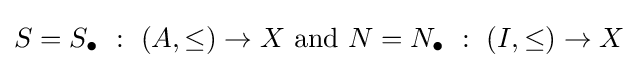
S=S_{\bullet }~:~(A,\leq )\to X{\text{ and }}N=N_{\bullet }~:~(I,\leq )\to X